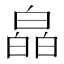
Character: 皛